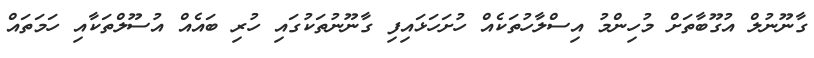
ގާނޫނުލް އުގޫބާތަށް މުހިންމު އިސްލާހުތަކެއް ހުށަހަޅައިފި ގާނޫނުތަކުގައި ހުރި ބައެއް އުސޫލްތަކާއި ހަމަތައް